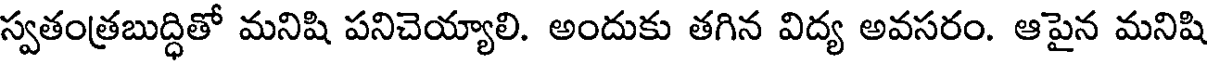
స్వతంత్రబుద్ధితో మనిషి పనిచెయ్యాలి. అందుకు తగిన విద్య అవసరం. ఆపైన మనిషి